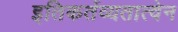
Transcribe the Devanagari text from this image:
इतिकर्तव्यतात्वेन